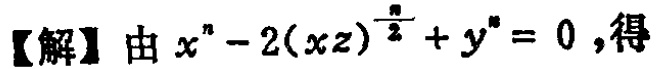
【解】由 \(x^{n}-2(xz)^{\frac{n}{2}} + y^{n}=0\)，得